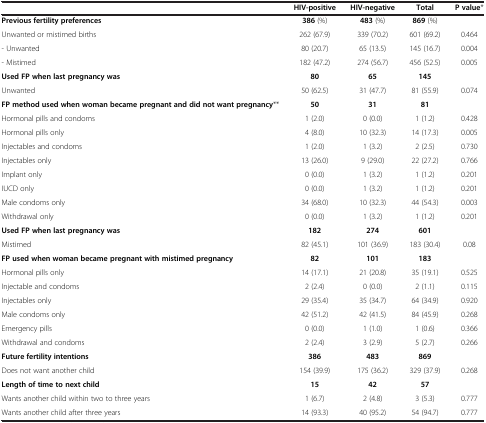
<table><thead><tr><td><b> </b></td><td><b>HIV-positive</b></td><td><b>HIV-negative</b></td><td><b>Total</b></td><td><b>P value*</b></td></tr></thead><tbody><tr><td><b>Previous fertility preferences</b></td><td><b>386</b> (%)</td><td><b>483</b> (%)</td><td><b>869</b> (%)</td><td> </td></tr><tr><td>Unwanted or mistimed births</td><td>262 (67.9)</td><td>339 (70.2)</td><td>601 (69.2)</td><td>0.464</td></tr><tr><td>- Unwanted</td><td>80 (20.7)</td><td>65 (13.5)</td><td>145 (16.7)</td><td>0.004</td></tr><tr><td>- Mistimed</td><td>182 (47.2)</td><td>274 (56.7)</td><td>456 (52.5)</td><td>0.005</td></tr><tr><td><b>Used FP when last pregnancy was</b></td><td><b>80</b></td><td><b>65</b></td><td><b>145</b></td><td> </td></tr><tr><td>Unwanted</td><td>50 (62.5)</td><td>31 (47.7)</td><td>81 (55.9)</td><td>0.074</td></tr><tr><td><b>FP method used when woman became pregnant and did not want pregnancy</b>**</td><td><b>50</b></td><td><b>31</b></td><td><b>81</b></td><td> </td></tr><tr><td>Hormonal pills and condoms</td><td>1 (2.0)</td><td>0 (0.0)</td><td>1 (1.2)</td><td>0.428</td></tr><tr><td>Hormonal pills only</td><td>4 (8.0)</td><td>10 (32.3)</td><td>14 (17.3)</td><td>0.005</td></tr><tr><td>Injectables and condoms</td><td>1 (2.0)</td><td>1 (3.2)</td><td>2 (2.5)</td><td>0.730</td></tr><tr><td>Injectables only</td><td>13 (26.0)</td><td>9 (29.0)</td><td>22 (27.2)</td><td>0.766</td></tr><tr><td>Implant only</td><td>0 (0.0)</td><td>1 (3.2)</td><td>1 (1.2)</td><td>0.201</td></tr><tr><td>IUCD only</td><td>0 (0.0)</td><td>1 (3.2)</td><td>1 (1.2)</td><td>0.201</td></tr><tr><td>Male condoms only</td><td>34 (68.0)</td><td>10 (32.3)</td><td>44 (54.3)</td><td>0.003</td></tr><tr><td>Withdrawal only</td><td>0 (0.0)</td><td>1 (3.2)</td><td>1 (1.2)</td><td>0.201</td></tr><tr><td><b>Used FP when last pregnancy was</b></td><td><b>182</b></td><td><b>274</b></td><td><b>601</b></td><td> </td></tr><tr><td>Mistimed</td><td>82 (45.1)</td><td>101 (36.9)</td><td>183 (30.4)</td><td>0.08</td></tr><tr><td><b>FP used when woman became pregnant with mistimed pregnancy</b></td><td><b>82</b></td><td><b>101</b></td><td><b>183</b></td><td> </td></tr><tr><td>Hormonal pills only</td><td>14 (17.1)</td><td>21 (20.8)</td><td>35 (19.1)</td><td>0.525</td></tr><tr><td>Injectable and condoms</td><td>2 (2.4)</td><td>0 (0.0)</td><td>2 (1.1)</td><td>0.115</td></tr><tr><td>Injectables only</td><td>29 (35.4)</td><td>35 (34.7)</td><td>64 (34.9)</td><td>0.920</td></tr><tr><td>Male condoms only</td><td>42 (51.2)</td><td>42 (41.5)</td><td>84 (45.9)</td><td>0.268</td></tr><tr><td>Emergency pills</td><td>0 (0.0)</td><td>1 (1.0)</td><td>1 (0.6)</td><td>0.366</td></tr><tr><td>Withdrawal and condoms</td><td>2 (2.4)</td><td>3 (2.9)</td><td>5 (2.7)</td><td>0.266</td></tr><tr><td><b>Future fertility intentions</b></td><td><b>386</b></td><td><b>483</b></td><td><b>869</b></td><td> </td></tr><tr><td>Does not want another child</td><td>154 (39.9)</td><td>175 (36.2)</td><td>329 (37.9)</td><td>0.268</td></tr><tr><td><b>Length of time to next child</b></td><td><b>15</b></td><td><b>42</b></td><td><b>57</b></td><td> </td></tr><tr><td>Wants another child within two to three years</td><td>1 (6.7)</td><td>2 (4.8)</td><td>3 (5.3)</td><td>0.777</td></tr><tr><td>Wants another child after three years</td><td>14 (93.3)</td><td>40 (95.2)</td><td>54 (94.7)</td><td>0.777</td></tr></tbody></table>